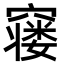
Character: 𮄙